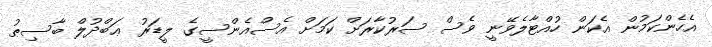
އެހެންކަމުން އެކަން ހުއްޓާލެވޭނީ ވެސް ސަރުކާރަށް ކަމަށް އެސްއެންސީގެ ލީޑަރު ޢަބްދުލް ބާސިޠު